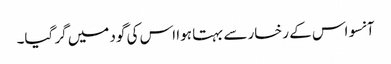
آنسو اس کے رخسار سے بہتا ہوا اس کی گود میں گر گیا۔